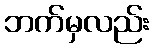
ဘက်မှလည်း